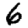
Digit: 6